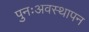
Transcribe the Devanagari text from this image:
पुनःअवस्थापन